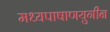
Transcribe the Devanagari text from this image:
मध्यपाषाणयुगीन